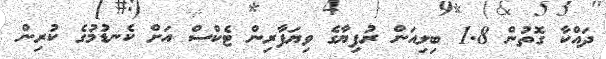
ދައްކާ ގޮތުން 1.8 ބިލިއަން ރުފިޔާގެ ވިޔަފާރިން ޓެކްސް އަށް ކެނޑުމުގެ ކުރިން